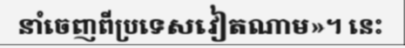
នាំចេញពីប្រទេសវៀតណាម»។ នេះ